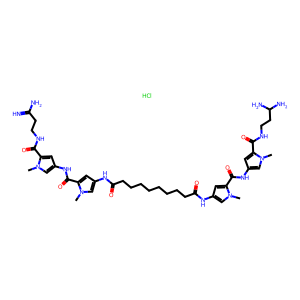
SMILES: Cl.Cn1cc(NC(=O)c2cc(NC(=O)CCCCCCCCC(=O)Nc3cc(C(=O)Nc4cc(C(=O)NCCC(N)N)n(C)c4)n(C)c3)cn2C)cc1C(=O)NCCC(=N)N
Inhibits HIV replication: No